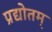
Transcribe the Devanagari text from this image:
प्रद्योतम्